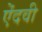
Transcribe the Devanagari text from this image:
ऐंदवी